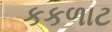
કકળાટ